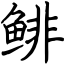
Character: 鲱